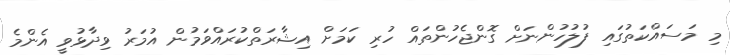
މި މަސައްކަތުގައި ފުލުހުންނަށް ގޮންޖެހުންތައް ހުރި ކަމަށް އިޝާރަތްކުރައްވަމުން އުމަރު ވިދާޅުވީ އެންމެ